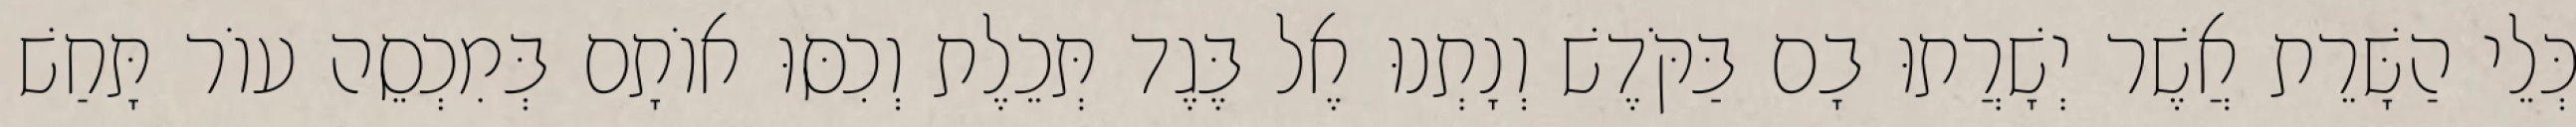
כְּלֵי הַשָּׁרֵת אֲשֶׁר יְשָׁרֲתוּ בָם בַּקֹּדֶשׁ וְנָתְנוּ אֶל בֶּגֶד תְּכֵלֶת וְכִסּוּ אוֹתָם בְּמִכְסֵה עוֹר תָּחַשׁ